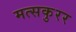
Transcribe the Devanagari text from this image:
मत्सकुरर